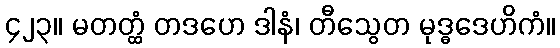
၄၂၃။ မတတ္ထံ တဒဟေ ဒါနံ၊ တီသွေတ မုဒ္ဓဒေဟိကံ။